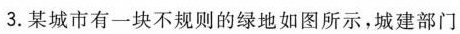
3.某城市有一块不规则的绿地如图所示，城建部门